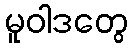
မူဝါဒတွေ